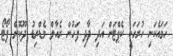
ހަމައެކަނި ހުރަހަކީ ކެޕްޓަން އަދި ދާދި ފަހުން ރެއާލް މެޑްރިޑު ދޫކޮށް ޕޯޓޯ